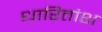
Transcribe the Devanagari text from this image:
धारितांश